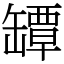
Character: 罈